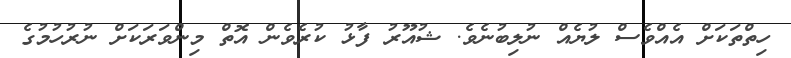
ހިތްތަކަށް އެއްވެސް ލުޔެއް ނުލިބުނެވެ. ޝުއޫރު ފާޅު ކުރެވެން އޮތް މިންވަރަކަށް ނުރުހުމުގެ